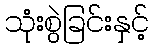
သုံးစွဲခြင်းနှင့်